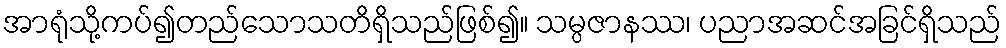
အာရုံသို့ကပ်၍တည်သောသတိရှိသည်ဖြစ်၍။ သမ္ပဇာနဿ၊ ပညာအဆင်အခြင်ရှိသည်